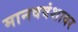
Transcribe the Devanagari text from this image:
मानववंशावर